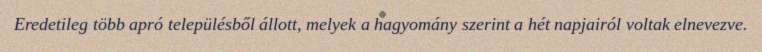
Eredetileg több apró településből állott, melyek a hagyomány szerint a hét napjairól voltak elnevezve.